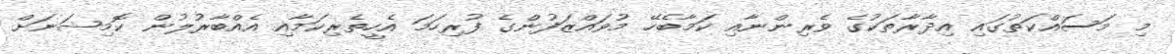
މި މަސައްކަތުގައި އިދާރާތަކުގެ ވެރިންނާއި ކަމާބެހޭ މުވައްޒަފުންގެ ފުރިހަމަ އެހީތެރިކަމާއި އެއްބާރުލުން ކޮމިޝަނަށް